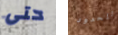
حتى للحدود